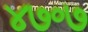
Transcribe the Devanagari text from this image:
४७॰७